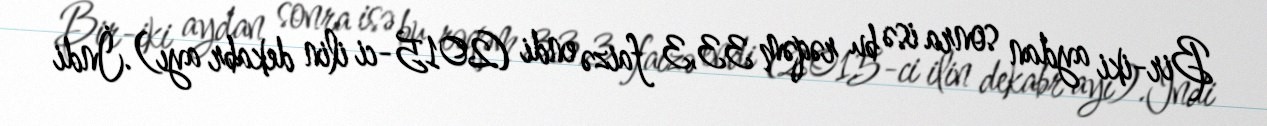
Bir-iki aydan sonra isə bu rəqəm 33,3 faizə endi (2015-ci ilin dekabr ayı).İndi